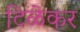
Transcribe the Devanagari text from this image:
टिळेकर